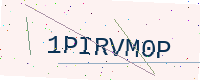
Text: 1PIRVM0P